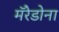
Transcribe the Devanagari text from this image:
मॅरेडोना